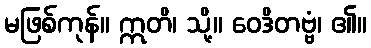
မဖြစ်ကုန်။ ဣတိ၊ သို့။ ဝေဒိတဗ္ဗံ၊ ၏။